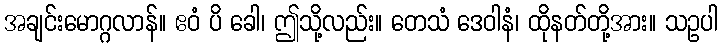
အချင်းမောဂ္ဂလာန်။ ဧဝံ ပိ ခေါ၊ ဤသို့လည်း။ တေသံ ဒေဝါနံ၊ ထိုနတ်တို့အား။ သဥပါ